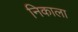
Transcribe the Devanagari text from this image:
निकाला